Report on sanitation, dispensaries, and jails in Rajputana for 1918, and on vaccination for the year 1918-1919 - 1918-1919
Year: 1918
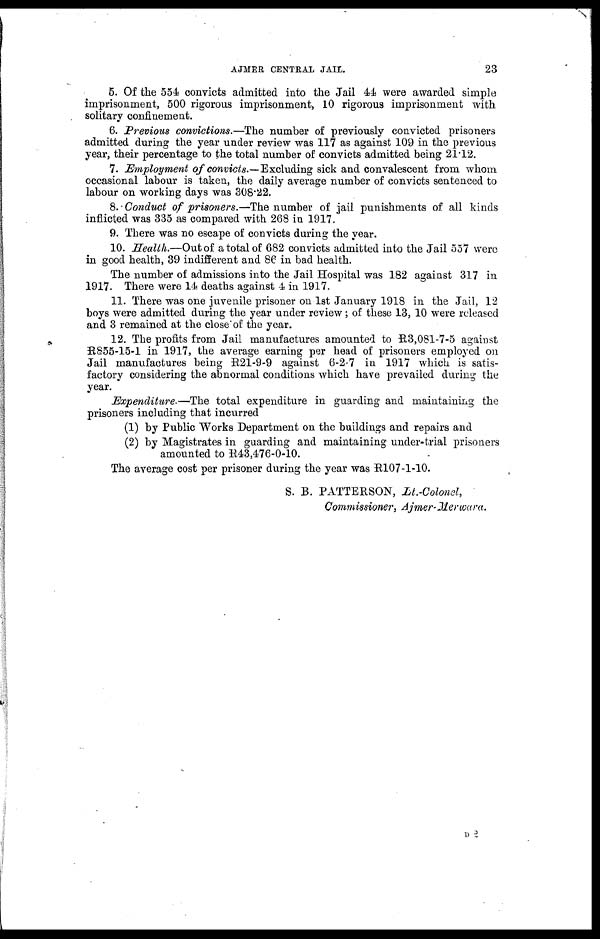
AJMER CENTRAL JAIL.
23
5. Of the 554 convicts admitted into the Jail 44 were awarded simple
imprisonment, 500 rigorous imprisonment, 10 rigorous imprisonment with
solitary confinement.
6. Previous convictions.—The number of previously convicted prisoners
admitted during the year under review was 117 as against 109 in the previous
year, their percentage to the total number of convicts admitted being 21.12.
7. Employment of convicts.—Excluding sick and convalescent from whom
occasional labour is taken, the daily average number of convicts sentenced to
labour on working days was 308.22.
8. Conduct of prisoners.—The number of jail punishments of all kinds
inflicted was 335 as compared with 268 in 1917.
9. There was no escape of convicts during the year.
10. Health.—Out of a total of 682 convicts admitted into the Jail 557 were
in good health, 39 indifferent and 86 in bad health.
The number of admissions into the Jail Hospital was 182 against 317 in
1917. There were 14 deaths against 4 in 1917.
11. There was one juvenile prisoner on 1st January 1918 in the Jail, 12
boys were admitted during the year under review; of these 13, 10 were released
and 3 remained at the close of the year.
12. The profits from Jail manufactures amounted to R3,081-7-5 against
R855-15-1 in 1917, the average earning per head of prisoners employed on
Jail manufactures being R21-9-9 against 6-2-7 in 1917 which is satis-
factory considering the abnormal conditions which have prevailed during the
year.
Expenditure.—The total expenditure in guarding and maintaining the
prisoners including that incurred
(1) by Public Works Department on the buildings and repairs and
(2) by Magistrates in guarding and maintaining under-trial prisoners
amounted to R43,476-0-10.
The average cost per prisoner during the year was R107-1-10.
S. B. PATTERSON, Lt.-Colonel,
Commissioner, Ajmer-Merwara.